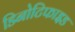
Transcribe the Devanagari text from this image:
डिनोटिफाइड